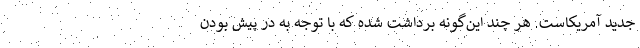
جدید آمریکاست. هر چند این‌گونه برداشت شده که با توجه به در پیش بودن